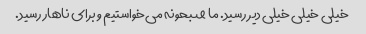
خیلی خیلی خیلی دیر رسید. ما صبحونه می‌خواستیم و برای ناهار رسید.